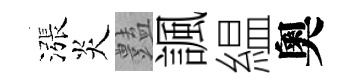
漲炎𧰟諷緼奧